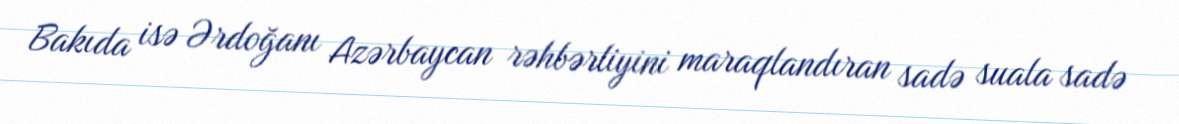
Bakıda isə Ərdoğanı Azərbaycan rəhbərliyini maraqlandıran sadə suala sadə